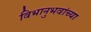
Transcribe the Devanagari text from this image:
विभानुभवांच्या